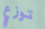
توزع